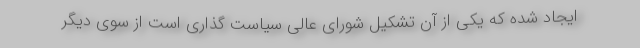
ایجاد شده که یکی از آن تشکیل شورای عالی سیاست گذاری است از سوی دیگر